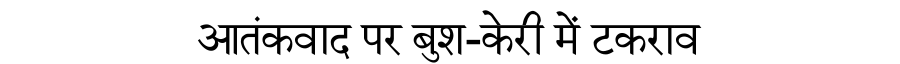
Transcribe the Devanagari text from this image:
आतंकवाद पर बुश-केरी में टकराव